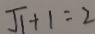
\sqrt { 1 } + 1 = 2